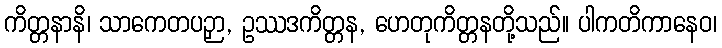
ကိတ္တနာနိ၊ သာကေတပဉှာ, ဥဿဒကိတ္တန, ဟေတုကိတ္တနတို့သည်။ ပါကတိကာနေဝ၊